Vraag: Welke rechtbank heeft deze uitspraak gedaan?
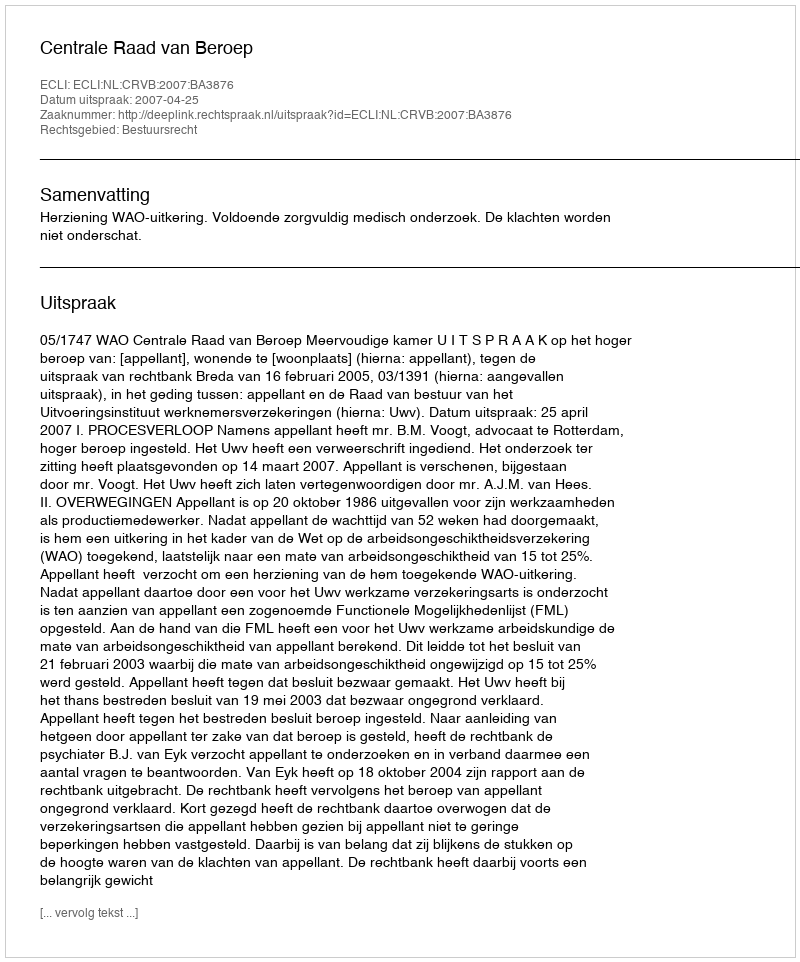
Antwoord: Centrale Raad van Beroep